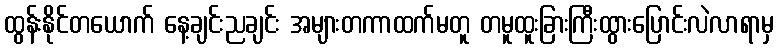
ထွန်းနိုင်တယောက် နေ့ချင်းညချင်း အများတကာထက်မတူ တမူထူးခြားကြီးထွားပြောင်းလဲလာရာမှ